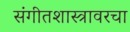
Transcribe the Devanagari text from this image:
संगीतशास्त्रावरचा